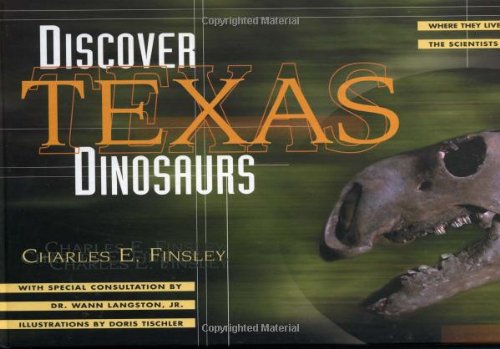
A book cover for Discover Texas Dinosaurs: Where They Lived, How They Lived, and the Scientists Who Study Them; Charles E. Finsley; Science & Math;